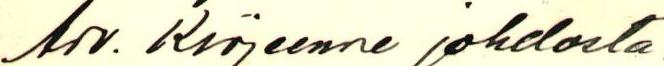
Arv. Kirjeenne johdosta